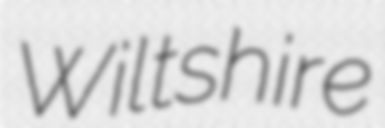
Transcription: Wiltshire